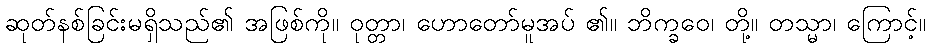
ဆုတ်နစ်ခြင်းမရှိသည်၏ အဖြစ်ကို။ ဝုတ္တာ၊ ဟောတော်မူအပ် ၏။ ဘိက္ခဝေ၊ တို့။ တသ္မာ၊ ကြောင့်။